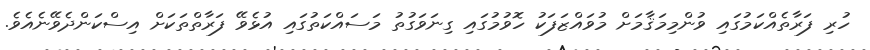
ހުރި ފަރާތެއްކަމުގައި ވުންމިމަޤާމަށް މުވައްޒަފަކު ހޮވުމުގައި ގިނަވަގުތު މަސައްކަތުގައި އުޅެވޭ ފަރާތްތަކަށް އިސްކަންދެވޭނެއެވެ.